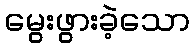
မွေးဖွားခဲ့သော